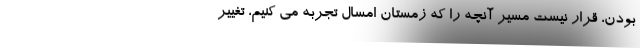
بودن، قرار نیست مسیر آنچه را که زمستان امسال تجربه می کنیم، تغییر